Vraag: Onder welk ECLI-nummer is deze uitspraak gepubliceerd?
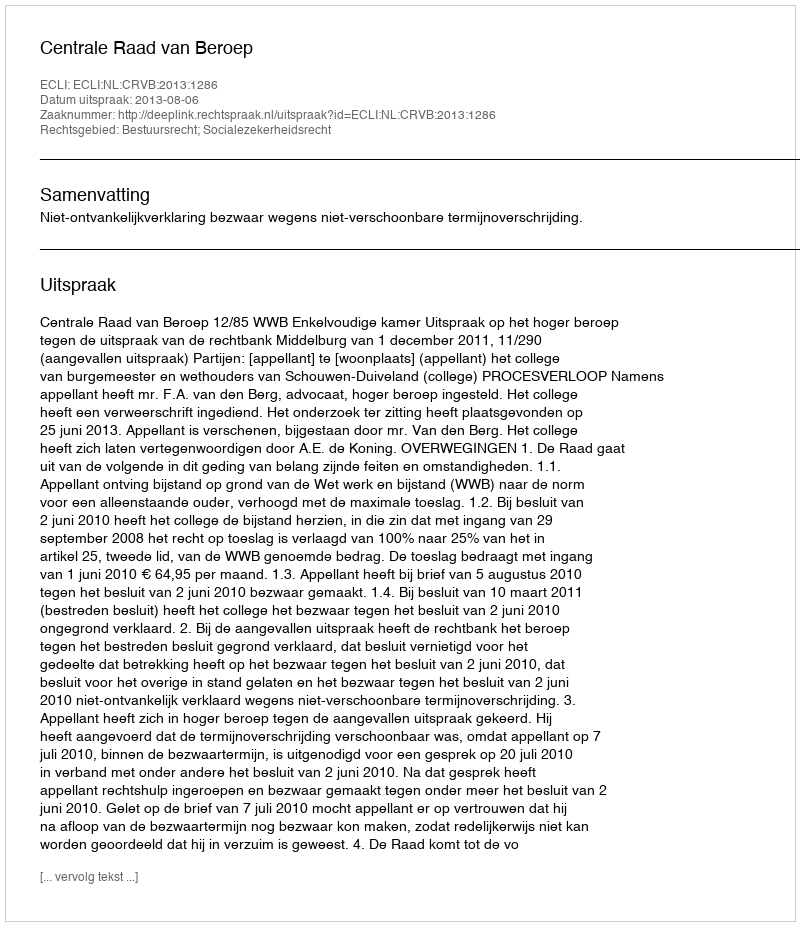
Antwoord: ECLI:NL:CRVB:2013:1286